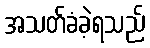
အသတ်ခံခဲ့ရသည်